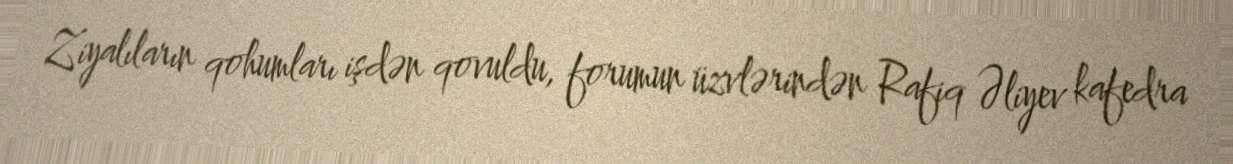
Ziyalıların qohumları işdən qovuldu, forumun üzvlərindən Rafiq Əliyev kafedra